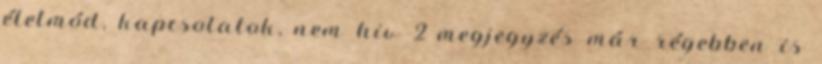
életmód, kapcsolatok, nem hiv 2 megjegyzés már régebben is